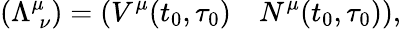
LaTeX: (\Lambda_{\; \nu}^{\mu})=\left(V^{\mu}(t_{0},\tau_{0})\quad N^{\mu}(t_{0},\tau_{0})\right),